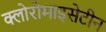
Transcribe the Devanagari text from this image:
क्लोरोमाइसेटीन